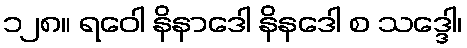
၁၂၈။ ရဝေါ နိနာဒေါ နိနဒေါ စ သဒ္ဒေါ၊